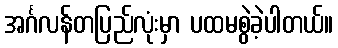
အင်္ဂလန်တပြည်လုံးမှာ ပထမစွဲခဲ့ပါတယ်။